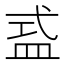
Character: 𥁦